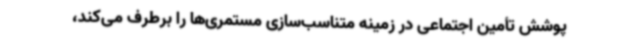
پوشش تأمین ‌اجتماعی در زمینه متناسب‌سازی مستمری‌ها را برطرف می‌کند،